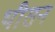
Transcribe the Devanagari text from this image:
थीसन